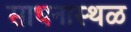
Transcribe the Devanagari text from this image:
साधनास्थळ